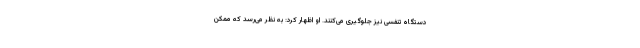
دستگاه تنفسی نیز جلوگیری می‌کنند. او اظهار کرد: به نظر می‌رسد که ممکن